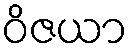
ဝိဇယာ